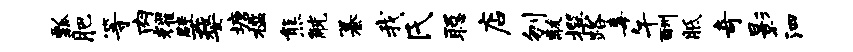
瓢肥等肉耀檗婺塘槛熊觥纂我氏聪店刎黻撰路毒午酬胝奇影泗